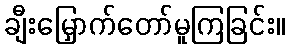
ချီးမြှောက်တော်မူကြခြင်း။